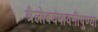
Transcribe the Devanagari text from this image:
त्रैलोक्यपावनीपुण्या